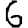
Digit: 6